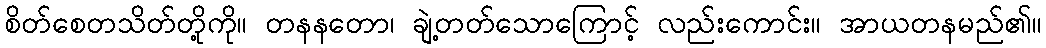
စိတ်စေတသိတ်တို့ကို။ တနနတော၊ ချဲ့တတ်သောကြောင့် လည်းကောင်း။ အာယတနမည်၏။